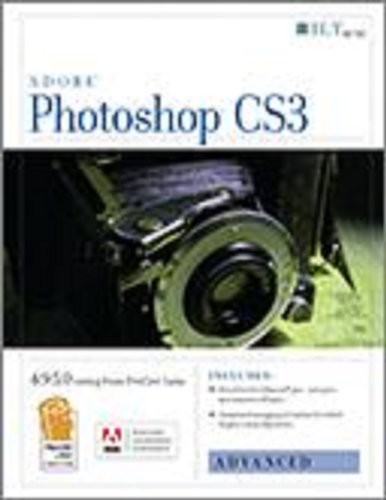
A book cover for Photoshop Cs3: Advanced, Ace Edition + Certblaster, Student Manual (ILT); Axzo Press; Computers & Technology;